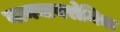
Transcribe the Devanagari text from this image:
नानबायरोनिक